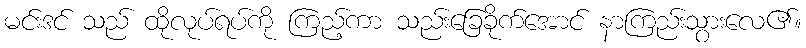
မင်းဒင် သည် ထိုလုပ်ရပ်ကို ကြည့်ကာ သည်းခြေခိုက်အောင် နာကြည်းသွားလေ၏။